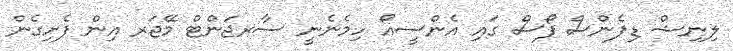
ލިނިޝް ޑިފެންސް ފޯސް ގައި އެންސީއޯ ހިމެނެނީ ސާރޖަންޓް މޭޖަރ އިން ފެށިގެން